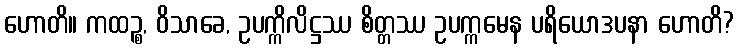
ဟောတိ။ ကထဉ္စ, ဝိသာခေ, ဥပက္ကိလိဋ္ဌဿ စိတ္တဿ ဥပက္ကမေန ပရိယောဒပနာ ဟောတိ?